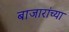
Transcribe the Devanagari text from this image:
बाजारांच्या